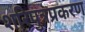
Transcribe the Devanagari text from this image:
शरिपुत्रप्रकरण